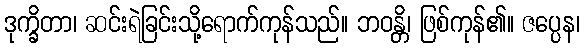
ဒုက္ခိတာ၊ ဆင်းရဲခြင်းသို့ရောက်ကုန်သည်။ ဘဝန္တိ၊ ဖြစ်ကုန်၏။ ဇပ္ပေန၊